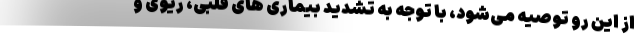
از این رو توصیه می‌شود، با توجه به تشدید بیماری های قلبی، ریوی و